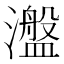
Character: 瀊